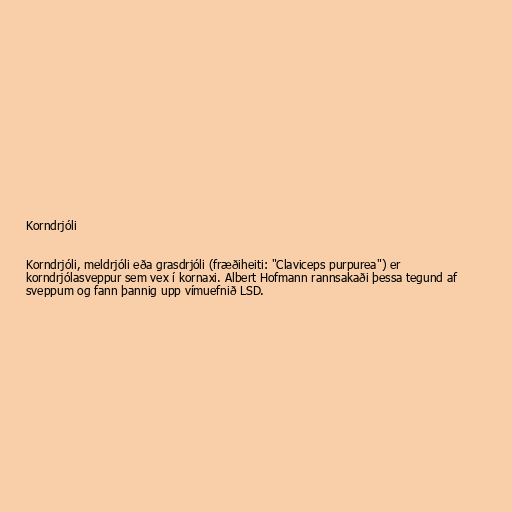
Korndrjóli

Korndrjóli, meldrjóli eða grasdrjóli (fræðiheiti: "Claviceps purpurea") er
korndrjólasveppur sem vex í kornaxi. Albert Hofmann rannsakaði þessa tegund af
sveppum og fann þannig upp vímuefnið LSD.